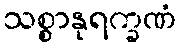
သစ္စာနုရက္ခဏံ